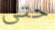
حتى